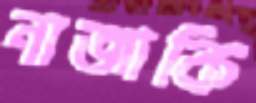
নাজাকি